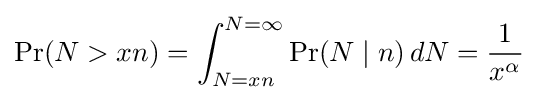
\Pr(N>xn)=\int _{N=xn}^{N=\infty }\Pr(N\mid n)\,dN={\frac {1}{x^{\alpha }}}